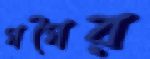
গগৈর